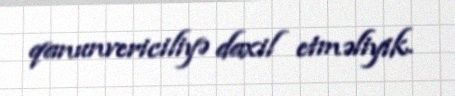
qanunvericiliyə daxil etməliyik.